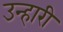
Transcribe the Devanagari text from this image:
उन्हारी